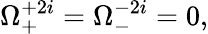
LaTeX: \Omega_{+}^{+2i}=\Omega_{-}^{-2i}=0,